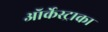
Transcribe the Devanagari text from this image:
ऑर्केस्ट्राका